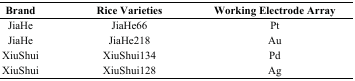
| Brand | Rice Varieties | Working Electrode Array |
 | --- | --- | --- |
 | JiaHe | JiaHe66 | Pt |
 | JiaHe | JiaHe218 | Au |
 | XiuShui | XiuShui134 | Pd |
 | XiuShui | XiuShui128 | Ag |